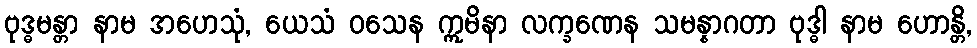
ဗုဒ္ဓမန္တာ နာမ အဟေသုံ, ယေသံ ဝသေန ဣမိနာ လက္ခဏေန သမန္နာဂတာ ဗုဒ္ဓါ နာမ ဟောန္တိ,